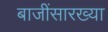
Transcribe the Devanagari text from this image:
बाजींसारख्या